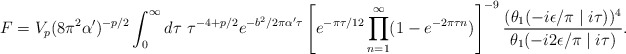
\begin{align*}F = V_{p}(8\pi^{2}\alpha ')^{-p/2}\int_{0}^{\infty}d\tau~\tau^{-4 +p/2}e^{-b^{2}/2\pi\alpha '{\tau}}\left[ e^{-\pi\tau /12}\prod_{n=1}^{\infty}(1-e^{-2\pi\tau n})\right]^{-9}\frac{(\theta_{1}(-i\epsilon /\pi\mid i\tau))^4}{\theta_{1}(-i2\epsilon/\pi \mid i\tau)}.\end{align*}